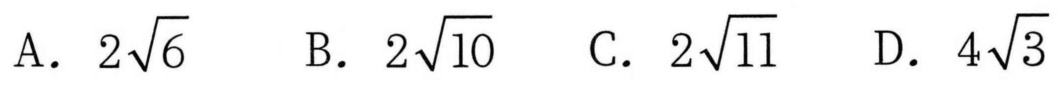
A. \(2\sqrt{6}\)  B. \(2\sqrt{10}\)  C. \(2\sqrt{11}\)  D. \(4\sqrt{3}\)